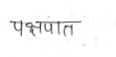
मजकूर: पक्षपात